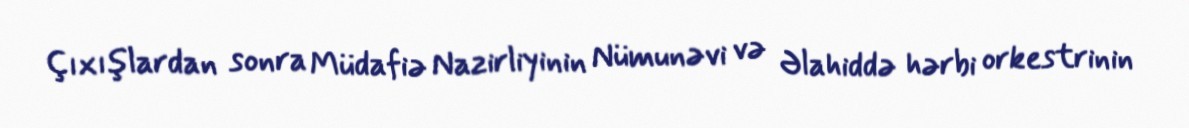
Çıxışlardan sonra Müdafiə Nazirliyinin Nümunəvi və Əlahiddə hərbi orkestrinin